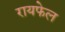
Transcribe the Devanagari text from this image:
रायफेल